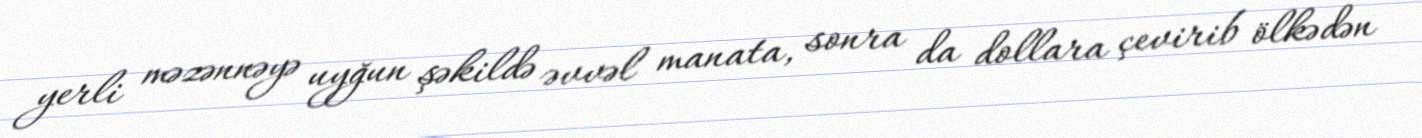
yerli məzənnəyə uyğun şəkildə əvvəl manata, sonra da dollara çevirib ölkədən